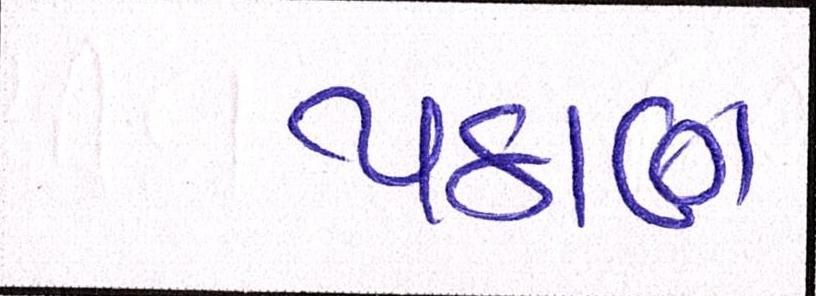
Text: પઠાણ